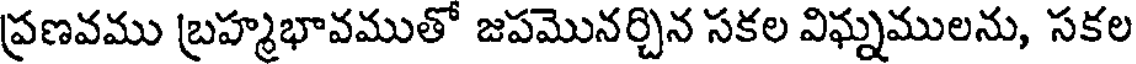
ప్రణవము బ్రహ్మభావముతో జపమొనర్చిన సకల విఘ్నములను, సకల